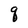
Character: q